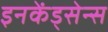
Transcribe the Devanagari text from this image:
इनकेंड्सेन्स